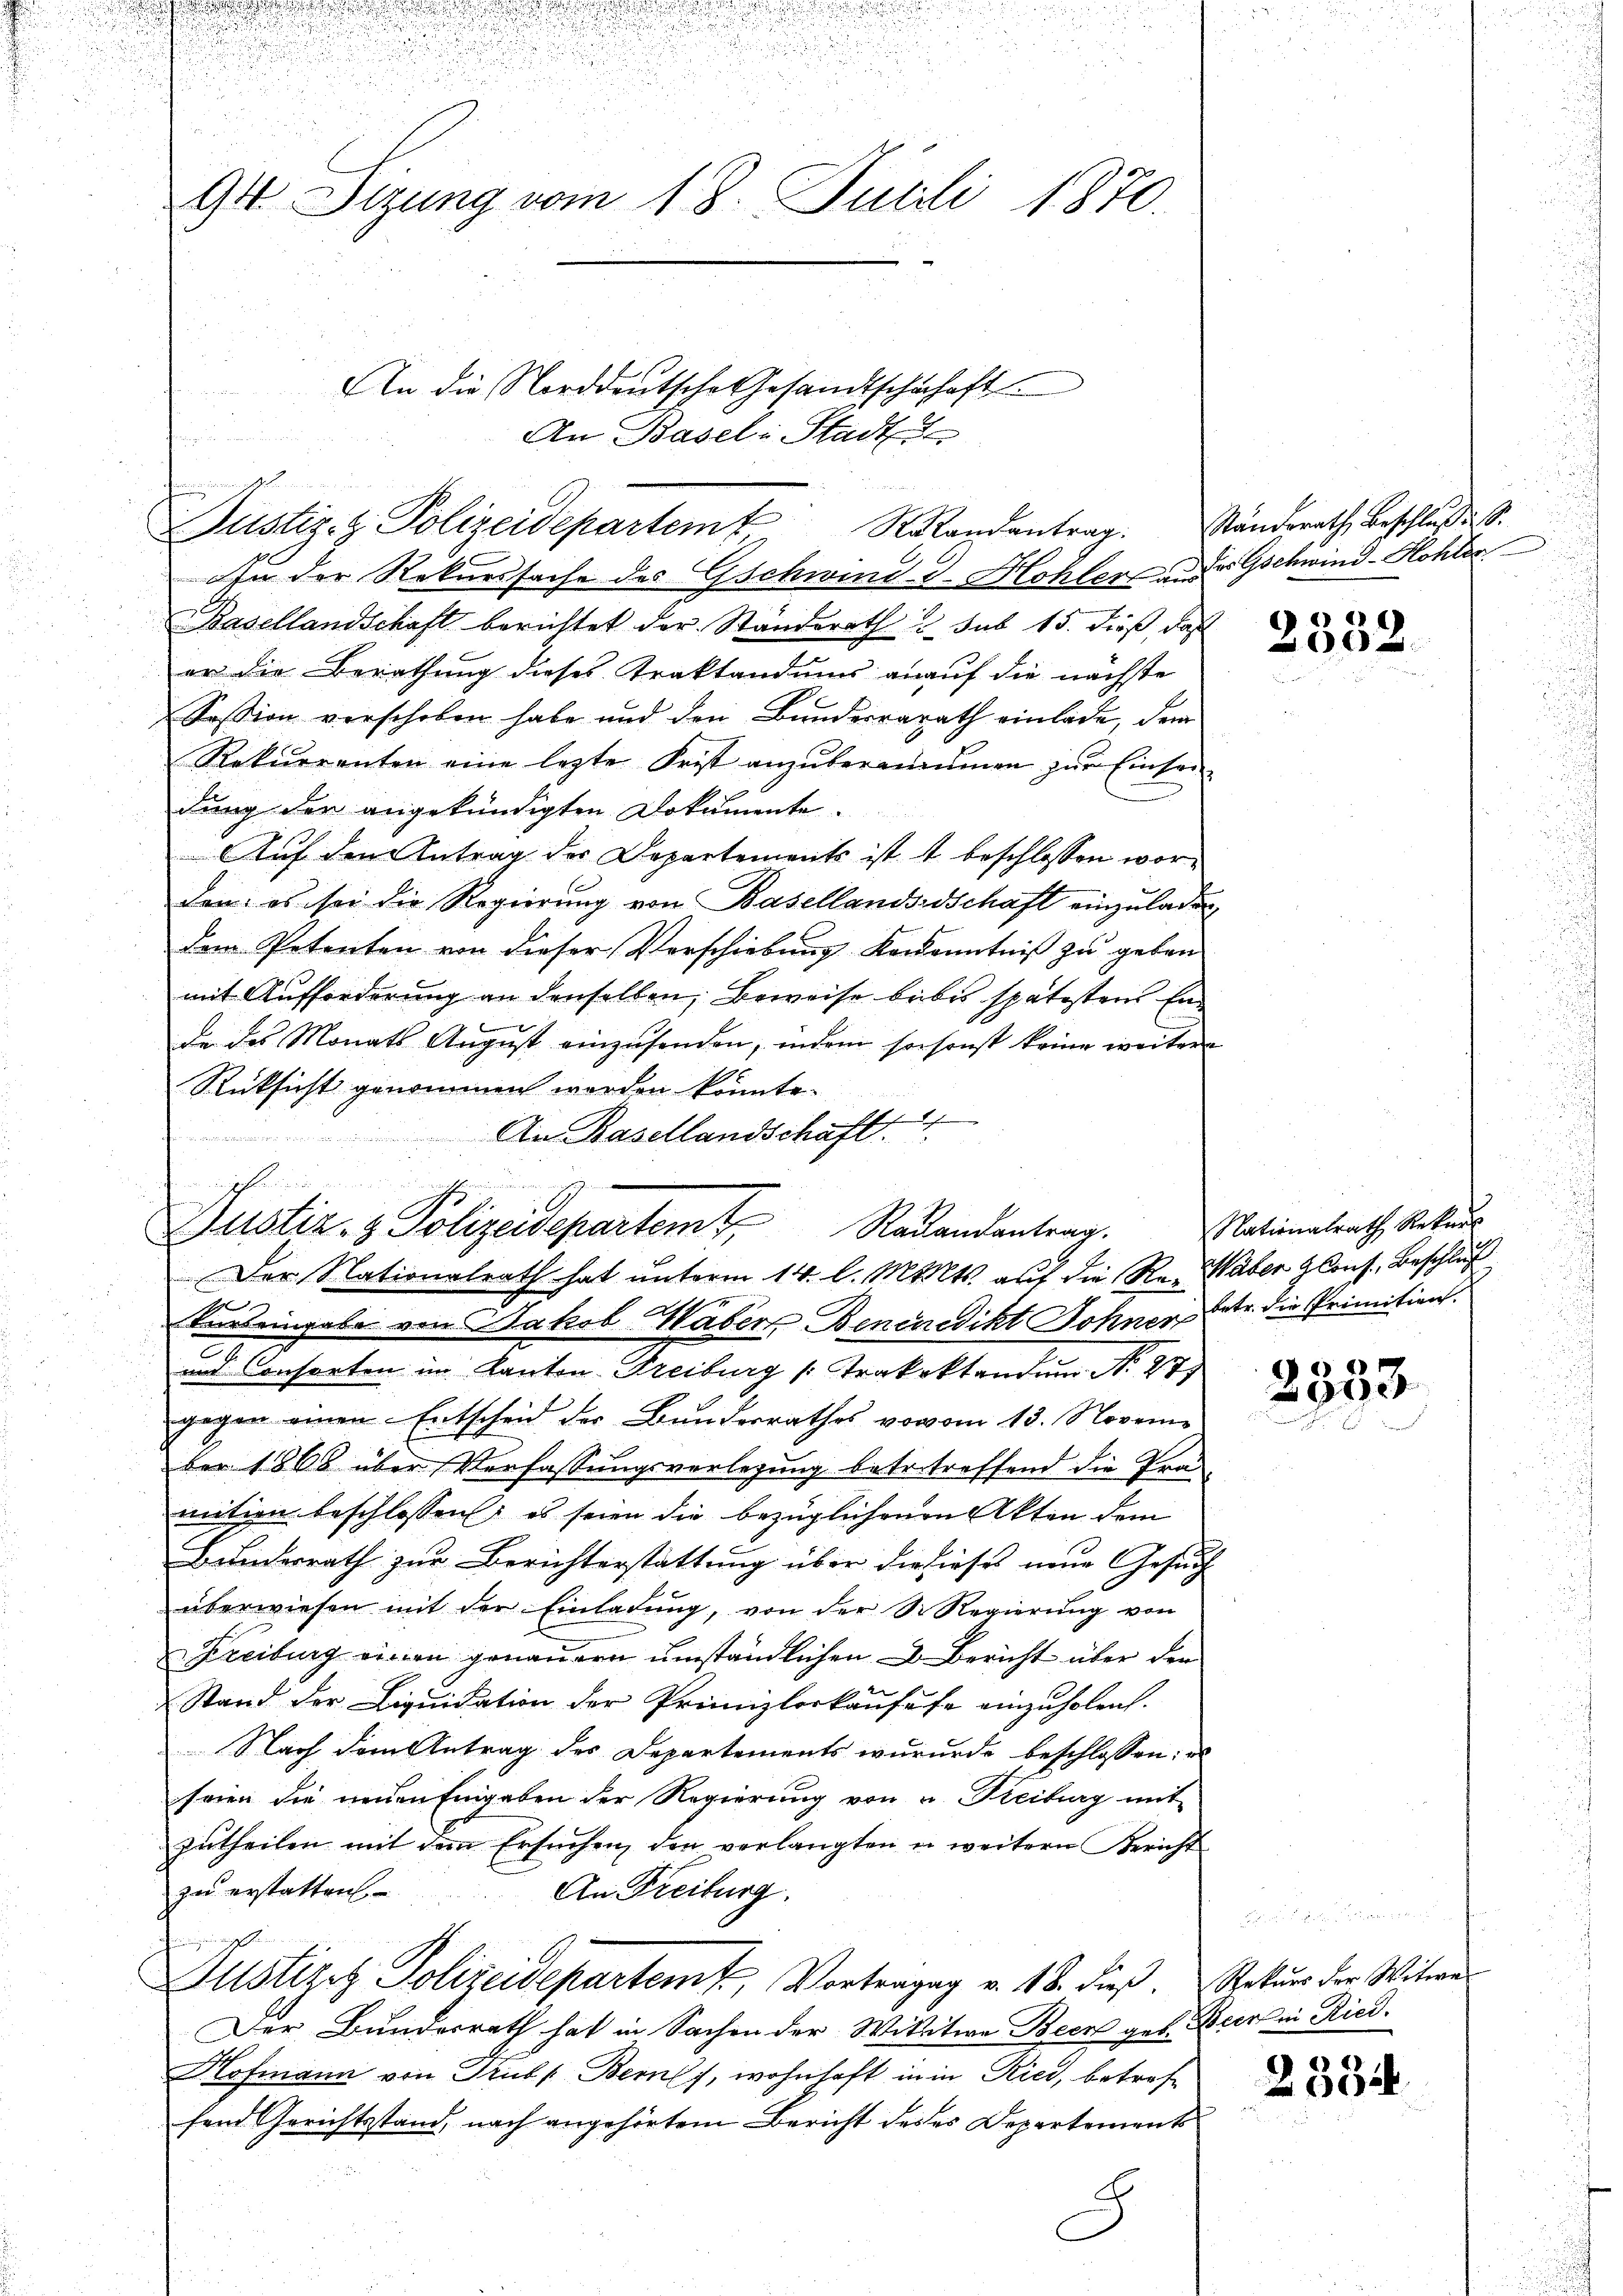
.

.

94. Sizung vom 18. Julii 1870.

Justiz- & Polizeidepartem Randantrag.

e
1

und Consorten im Kanton Freiburg (Trakoktandum No. 47

An die Norddeutsche Gesandtschuhaft.
An Basel-Stadt

Dustiz- & Polizeisepartemt. Ragandantrag.

den der Rekurssache des Gschwind-S. Hohler dr Gschwind-Hohlen
Basellandschaft berichtet der Standerath sub 15. dieß, daß
er die Berathung dieses Traktandums anauf die nächste
Session verschoben habe und den Bunderrarath einlade dem
Rekurrenten eine lezte Frist anzŭberaummen zŭr Einsen-
dung der angekündigten Dokumente.
Auf den Antrag der Departements ist s beschlossen worden: es sei die Regierung von Basellands-Schaft einzuladen
dem Petenten von dieser Vorschiebung kenenntniß zu geben
mit Aufforderung an denselben, Beweise bebis spätestens Ein
de des Monats August einzusenden, indem so sonst keine weitere
Rücksicht genommen werden könnte.
An Basellandschaft 1
Der Nationalrath hat unterm 14. l. Mts. auf die Re- Waber Glanz, Beschluß
bereingabe von Jakob Waber Benenedikt Sohner, betr. die Primition.
gegen einen Entscheid der Bunderrathes vovom 13. November 1865 über Verfassungsverlegung betr. treffend die Traumition beschlossen; es seien die bezüglichenen Akten dem
Bunderrath zŭr Berichterstattung über die dieses neue Gesuch
überwiesen mit der Einladŭng, von der Dr. Regierŭng von
Freiburg vinien genauern umständlichen & Bericht über den
Stand der Liquidation der Primizloskaufes einzuholen.
Nach dem Antrag des Departements wururde beschlossen, es
seien die neuen Eingaben der Regierung von u. Freiburg mit
zŭtheilen mit dem Ersuchen, den verlangten u weitern Bericht
zu erstatten.
An Freiburg.
i
Justiget Polizeidepartem Vortengag v. 18. dieß. Rekurs der Witwe
Der Bundesrath hat in Sachen der Wittwe Beer geb. Beeren Ried.
Hofmann von Trubs Bernst, wohnhaft in in Ried, betreffend Gerichtsstand, nach angehörtem Bericht des es Departements

Ständerath Beschlusses.

1
230.

Nationalrath Rekurs

2333.

2334